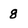
Character: 8